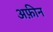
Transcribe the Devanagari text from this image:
अफ़ीन